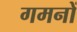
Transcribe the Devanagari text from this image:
गमनों